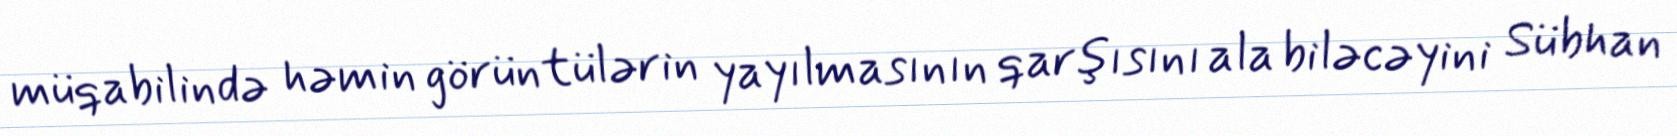
müqabilində həmin görüntülərin yayılmasının qarşısını ala biləcəyini Sübhan